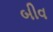
બીવ